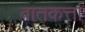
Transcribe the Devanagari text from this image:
बातकर्त्ता